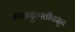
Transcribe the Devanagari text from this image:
घटनादुरुस्तीपासून